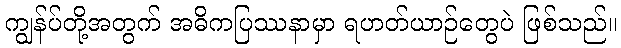
ကျွန်ပ်တို့အတွက် အဓိကပြဿနာမှာ ရဟတ်ယာဉ်တွေပဲ ဖြစ်သည်။